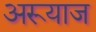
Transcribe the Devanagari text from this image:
अरूयाज